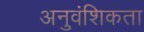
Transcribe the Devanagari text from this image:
अनुवंशिकता